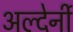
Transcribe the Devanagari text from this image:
अल्देर्नी